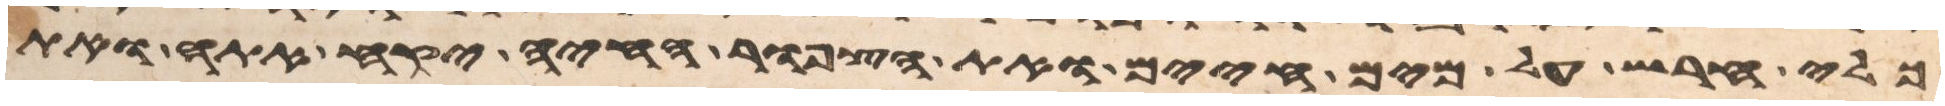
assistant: כלי חרש על מים חיים ואת הצפור החיה יקח אתה ואת